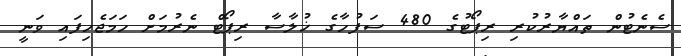
ސެނެޓުން ތައްޔާރުކުރި ރިޕޯޓުގެ 480 ސަފުހާގެ ޚުލާސާ ރިޕޯޓް ނެރުމަށް ހަމަޖެހިފައި ވަނީ